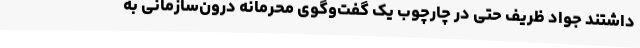
داشتند جواد ظریف حتی در چارچوب یک گفت‌وگوی محرمانهٔ درون‌سازمانی به